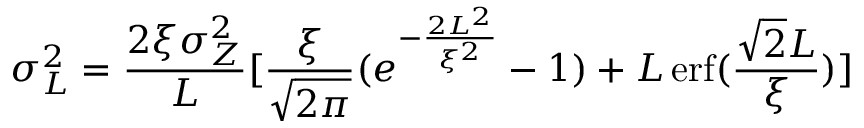
\sigma _ { L } ^ { 2 } = \frac { 2 \xi \sigma _ { Z } ^ { 2 } } { L } [ \frac { \xi } { \sqrt { 2 \pi } } ( e ^ { - \frac { 2 L ^ { 2 } } { \xi ^ { 2 } } } - 1 ) + L \operatorname { e r f } ( \frac { \sqrt { 2 } L } { \xi } ) ]